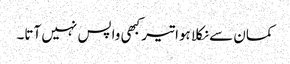
کمان سے نکلا ہوا تیر کبھی واپس نہیں آتا۔